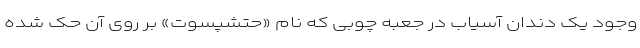
وجود یک دندان آسیاب در جعبه چوبی که نام «حتشپسوت» بر روی آن حک شده